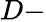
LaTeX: D-